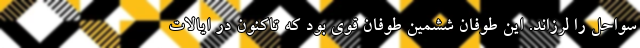
سواحل را لرزاند. این طوفان ششمین طوفان قوی بود که تاکنون در ایالات